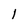
Character: l